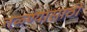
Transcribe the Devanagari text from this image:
तळ्ण्यासाठी